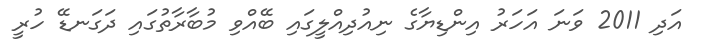
އަދި 2011 ވަނަ އަހަރު އިންޑިޔާގެ ނިއުދިއްލީގައި ބޭއްވި މުބާރާތުގައި ދަގަނޑޭ ހުރީ